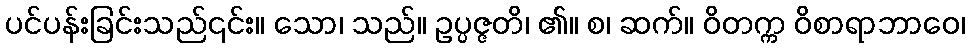
ပင်ပန်းခြင်းသည်၎င်း။ သော၊ သည်။ ဥပ္ပဇ္ဇတိ၊ ၏။ စ၊ ဆက်။ ဝိတက္က ဝိစာရာဘာဝေ၊